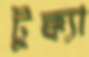
টুক্ক্যা